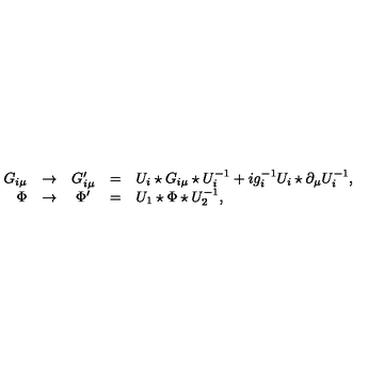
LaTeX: \begin{array} { r c c c l } { G _ { i \mu } } & { \to } & { G _ { i \mu } ^ { \prime } } & { = } & { U _ { i } \star G _ { i \mu } \star U _ { i } ^ { - 1 } + i g _ { i } ^ { - 1 } U _ { i } \star \partial _ { \mu } U _ { i } ^ { - 1 } , } \\ { \Phi } & { \to } & { \Phi ^ { \prime } } & { = } & { U _ { 1 } \star \Phi \star U _ { 2 } ^ { - 1 } , } \\ \end{array}